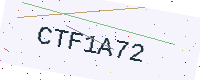
Text: CTF1A72